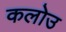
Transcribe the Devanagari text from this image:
कलोउ